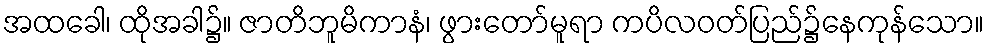
အထခေါ၊ ထိုအခါ၌။ ဇာတိဘူမိကာနံ၊ ဖွားတော်မူရာ ကပိလဝတ်ပြည်၌နေကုန်သော။